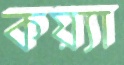
কয়্যা